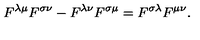
F ^ { \lambda \mu } F ^ { \sigma \nu } - F ^ { \lambda \nu } F ^ { \sigma \mu } = F ^ { \sigma \lambda } F ^ { \mu \nu } .